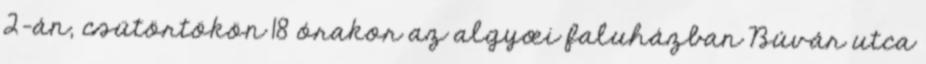
2-án, csütörtökön 18 órakor az algyœi faluházban Búvár utca